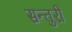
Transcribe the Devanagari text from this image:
सन्तुरी